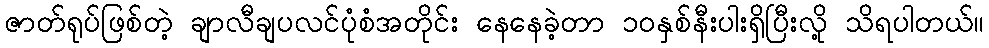
ဇာတ်ရုပ်ဖြစ်တဲ့ ချာလီချပလင်ပုံစံအတိုင်း နေနေခဲ့တာ ၁၀နှစ်နီးပါးရှိပြီးလို့ သိရပါတယ်။